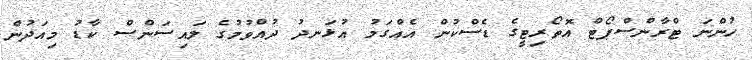
ހުންނަ ޓްރާންސްޕޯޓް އޮތޯރިޓީގެ ޑެސްކުން އެއްގަމު އުޅަނދު ދުއްވުމުގެ ލައިސަންސް ކާޑު މިއަދުން